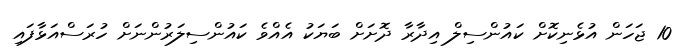
10 ޖަހަން އުޅެނިކޮށް ކައުންސިލް އިދާރާ ދޮށަށް ބަޔަކު އެއްވެ ކައުންސިލަރުންނަށް ހުރަސްއަޅާފައި